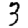
Digit: 3